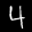
Label: 4